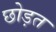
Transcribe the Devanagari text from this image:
छोड़त